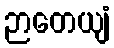
ဉာတေယျံ